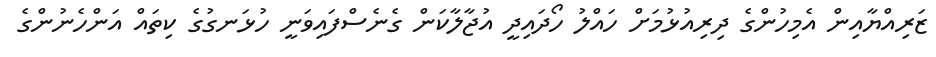
ޒަރިއްޔާއިން އެމިހުންގެ ދިރިއުޅުމަށް ހައްލު ހޯދައިދީ އުޖާލާކަން ގެނެސްފައިވަނީ ހުޅަނގުގެ ކިތައް އަންހެނުންގެ